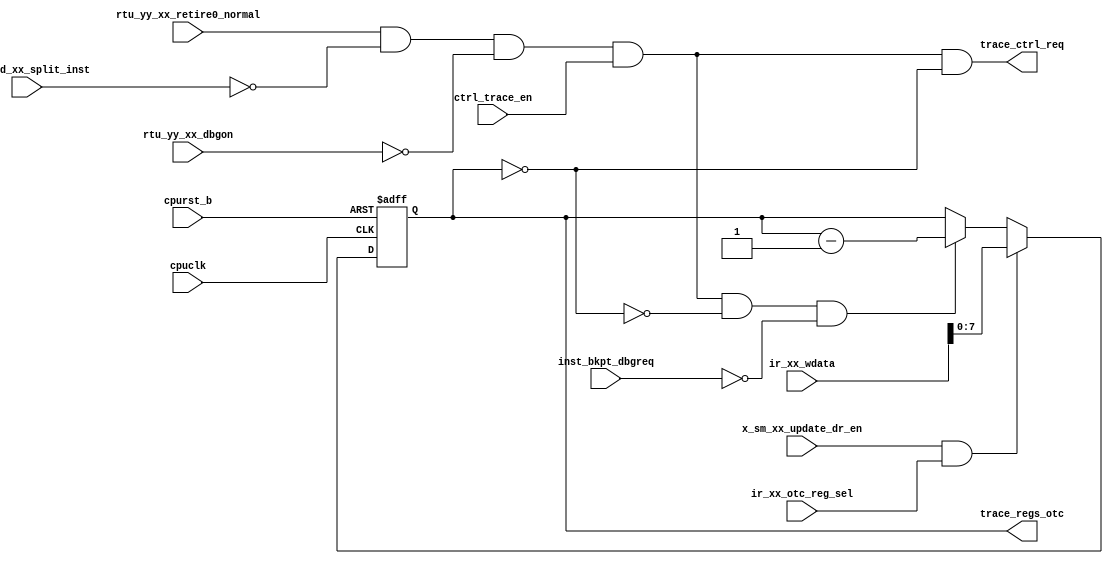
/*Copyright 2019-2021 T-Head Semiconductor Co., Ltd.

Licensed under the Apache License, Version 2.0 (the "License");
you may not use this file except in compliance with the License.
You may obtain a copy of the License at

    http://www.apache.org/licenses/LICENSE-2.0

Unless required by applicable law or agreed to in writing, software
distributed under the License is distributed on an "AS IS" BASIS,
WITHOUT WARRANTIES OR CONDITIONS OF ANY KIND, either express or implied.
See the License for the specific language governing permissions and
limitations under the License.
*/

// &ModuleBeg; @23
module ct_had_trace(
  cpuclk,
  cpurst_b,
  ctrl_trace_en,
  inst_bkpt_dbgreq,
  ir_xx_otc_reg_sel,
  ir_xx_wdata,
  rtu_had_xx_split_inst,
  rtu_yy_xx_dbgon,
  rtu_yy_xx_retire0_normal,
  trace_ctrl_req,
  trace_regs_otc,
  x_sm_xx_update_dr_en
);

// &Ports; @24
input           cpuclk;                  
input           cpurst_b;                
input           ctrl_trace_en;           
input           inst_bkpt_dbgreq;        
input           ir_xx_otc_reg_sel;       
input   [63:0]  ir_xx_wdata;             
input           rtu_had_xx_split_inst;   
input           rtu_yy_xx_dbgon;         
input           rtu_yy_xx_retire0_normal; 
input           x_sm_xx_update_dr_en;    
output          trace_ctrl_req;          
output  [7 :0]  trace_regs_otc;          

// &Regs; @25
reg     [7 :0]  trace_counter;           

// &Wires; @26
wire            cpuclk;                  
wire            cpurst_b;                
wire            ctrl_trace_en;           
wire            inst_bkpt_dbgreq;        
wire            ir_xx_otc_reg_sel;       
wire    [63:0]  ir_xx_wdata;             
wire            rtu_had_xx_split_inst;   
wire            rtu_yy_xx_dbgon;         
wire            rtu_yy_xx_retire0_normal; 
wire            trace_counter_dec;       
wire            trace_counter_eq_0;      
wire            trace_ctrl_req;          
wire    [7 :0]  trace_regs_otc;          
wire            trace_vld;               
wire            x_sm_xx_update_dr_en;    


//==============================================================================
// trace valid conditions(AND):
// 1. retire normally, without exception.
// 2. not a split inst or the last of the split inst.
// 3. not in debug mode.
// 4. trace mode enable.
// The last condition is designed for low power.
// when trace mode enable, CPU will retire only one inst in a cycle.
//==============================================================================

assign trace_vld = rtu_yy_xx_retire0_normal &&
                  !rtu_had_xx_split_inst &&
                  !rtu_yy_xx_dbgon &&
                   ctrl_trace_en;

//==============================================================================
// trace counter decrease condition (AND):
// 1. trace valid
// 2. trace counter dosen't equal to zero.
// 3. no mbkpt occurs
//==============================================================================

assign trace_counter_eq_0 = trace_counter[7:0] == 8'b0;
assign trace_counter_dec = trace_vld && !trace_counter_eq_0 && !inst_bkpt_dbgreq;

//==============================================================================
// trace counter maintenance
//==============================================================================

// &Force("bus", "ir_xx_wdata", 63, 0); @57
always @(posedge cpuclk or negedge cpurst_b)
begin
  if (!cpurst_b)
    trace_counter[7:0] <= 8'b0;
  else if (x_sm_xx_update_dr_en && ir_xx_otc_reg_sel)
    trace_counter[7:0] <= ir_xx_wdata[7:0];
  else if (trace_counter_dec)
    trace_counter[7:0] <= trace_counter[7:0] - 1'b1;
  else
    trace_counter[7:0] <= trace_counter[7:0];
end

//==========================================================
//            trace counter to regs
//==========================================================

assign trace_regs_otc[7:0] = trace_counter[7:0];

//==========================================================
//            trace debug request
//==========================================================

// trace request to HAD control path conditions (AND):
// 1. trace_vld
// 2. trace counter equals to zero.

assign trace_ctrl_req = trace_vld && trace_counter_eq_0;

// &ModuleEnd; @86
endmodule